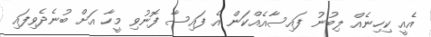
އެއީ ކިހިނެއް ލިބުނު ފައިސާއެއްކަން އެ ފައިސާ ފޮނުވި މީހާ އަށް ބުނެދެވިފައި